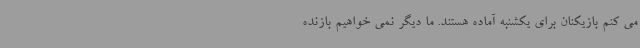
می کنم بازیکنان برای یکشنبه آماده هستند. ما دیگر نمی خواهیم بازنده